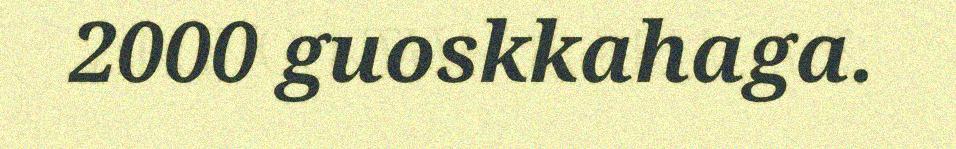
2000 guoskkahaga.